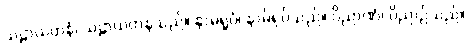
သဠာယတနံ၊ သဠာယတနသည်။ နာမရူပံ၊ နာမ်ရုပ်သည်။ ဝိညာဏံ၊ ဝိညာဉ်သည်။